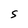
Character: S